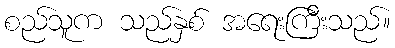
စည်သူက သည်နှစ် အရေးကြီးသည်။